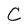
Character: C